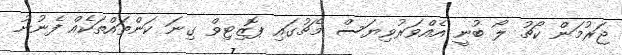
ޖަރުމަން ކޯޗު ލޯ ބުނީ އެއްވަރުވިޔަސް މެޗުގައި ޕޮޒިޓިވް ގިނަ ކަންތައްތަކެއް ފެނުނު